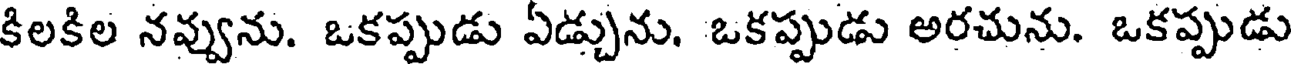
కిలకిల నవ్వును. ఒకప్పుడు ఏడ్చును. ఒకప్పుడు అరచును. ఒకప్పుడు